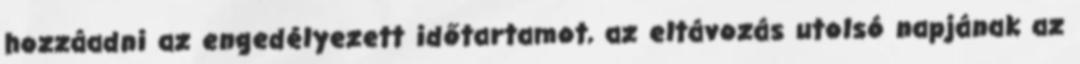
hozzáadni az engedélyezett időtartamot, az eltávozás utolsó napjának az